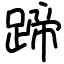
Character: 蹄